Civil Veterinary Department Bengal reports 1933-51 - 1933-1951
Year: 1933
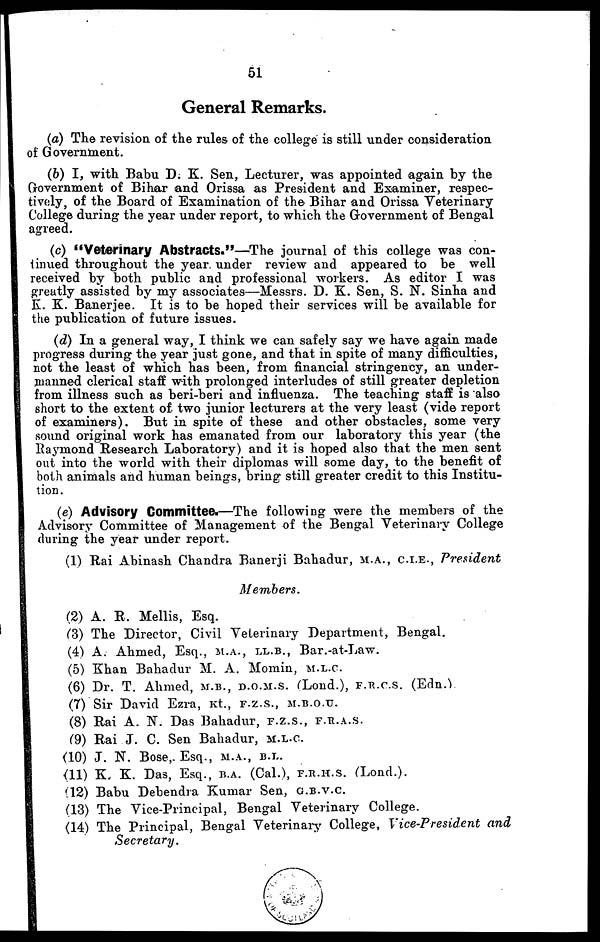
51
General Remarks.
(a) The revision of the rules of the college is still under consideration
of Government.
(b) I, with Babu D. K. Sen, Lecturer, was appointed again by the
Government of Bihar and Orissa as President and Examiner, respec-
tively, of the Board of Examination of the Bihar and Orissa Veterinary
College during the year under report, to which the Government of Bengal
agreed.
(c) "Veterinary Abstracts."—The journal of this college was con-
iinued throughout the year under review and appeared to be well
received by both public and professional workers. As editor I was
greatly assisted by my associates—Messrs. D. K. Sen, S. N. Sinha and
K. K. Banerjee. It is to be hoped their services will be available for
the publication of future issues.
(d) In a general way, I think we can safely say we have again made
progress during the year just gone, and that in spite of many difficulties,
not the least of which has been, from financial stringency, an under-
manned clerical staff with prolonged interludes of still greater depletion
from illness such as beri-beri and influenza. The teaching staff is also
short to the extent of two junior lecturers at the very least (vide report
of examiners). But in spite of these and other obstacles, some very
sound original work has emanated from our laboratory this year (the
Raymond Research Laboratory) and it is hoped also that the men sent
out into the world with their diplomas will some day, to the benefit of
both animals and human beings, bring still greater credit to this Institu-
tion.
(e) Advisory Committee.—The following were the members of the
Advisory Committee of Management of the Bengal Veterinary College
during the year under report.
(1) Rai Abinash Chandra Banerji Bahadur, m.a., c.i.e., President
Members.
(2) A. R. Mellis, Esq.
(3) The Director, Civil Veterinary Department, Bengal.
(4) A. Ahmed, Esq., M.A., LL.B., Bar.-at-Law.
(5) Khan Bahadur M. A. Momin, M.L.C.
(6) Dr. T. Ahmed, M.B., D.O.M.S. (Loud.), F.R.C.S. (Edn.)
(7) Sir David Ezra, kt., F.Z.S., M.B.O.U.
(8) Rai A. N. Das Bahadur,F.Z.S., F.R.A.S.
(9) Rai J. C. Sen Bahadur, M.L.C.
(10) J. N. Bose,. Esq., M.A., B.L.
(11) K. K. Das, Esq., B.A. (Cal.), F.R.H.S. (Lond.).
(12) Babu Debendra Kumar Sen, G.B.V.C.
(13) The Vice-Principal, Bengal Veterinary College.
(14) The Principal, Bengal Veterinary College, Vice-President
and
Secretary.